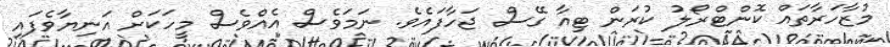
މުޒާހަރާތައް ކޮންޓްރޯލު ކުރަން ޓިއާ ގޭސް ޖަހާފައެވެ. ނަމަވެސް އެއްވެސް މީހަކަށް އަނިޔާވެފައި